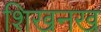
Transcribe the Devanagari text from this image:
शिखनख